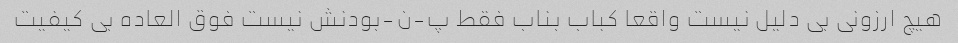
هیچ ارزونی بی دلیل نیست واقعا کباب بناب فقط پ-ن-بودنش نیست فوق العاده بی کیفیت